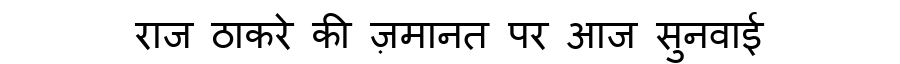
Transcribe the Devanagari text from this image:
राज ठाकरे की ज़मानत पर आज सुनवाई